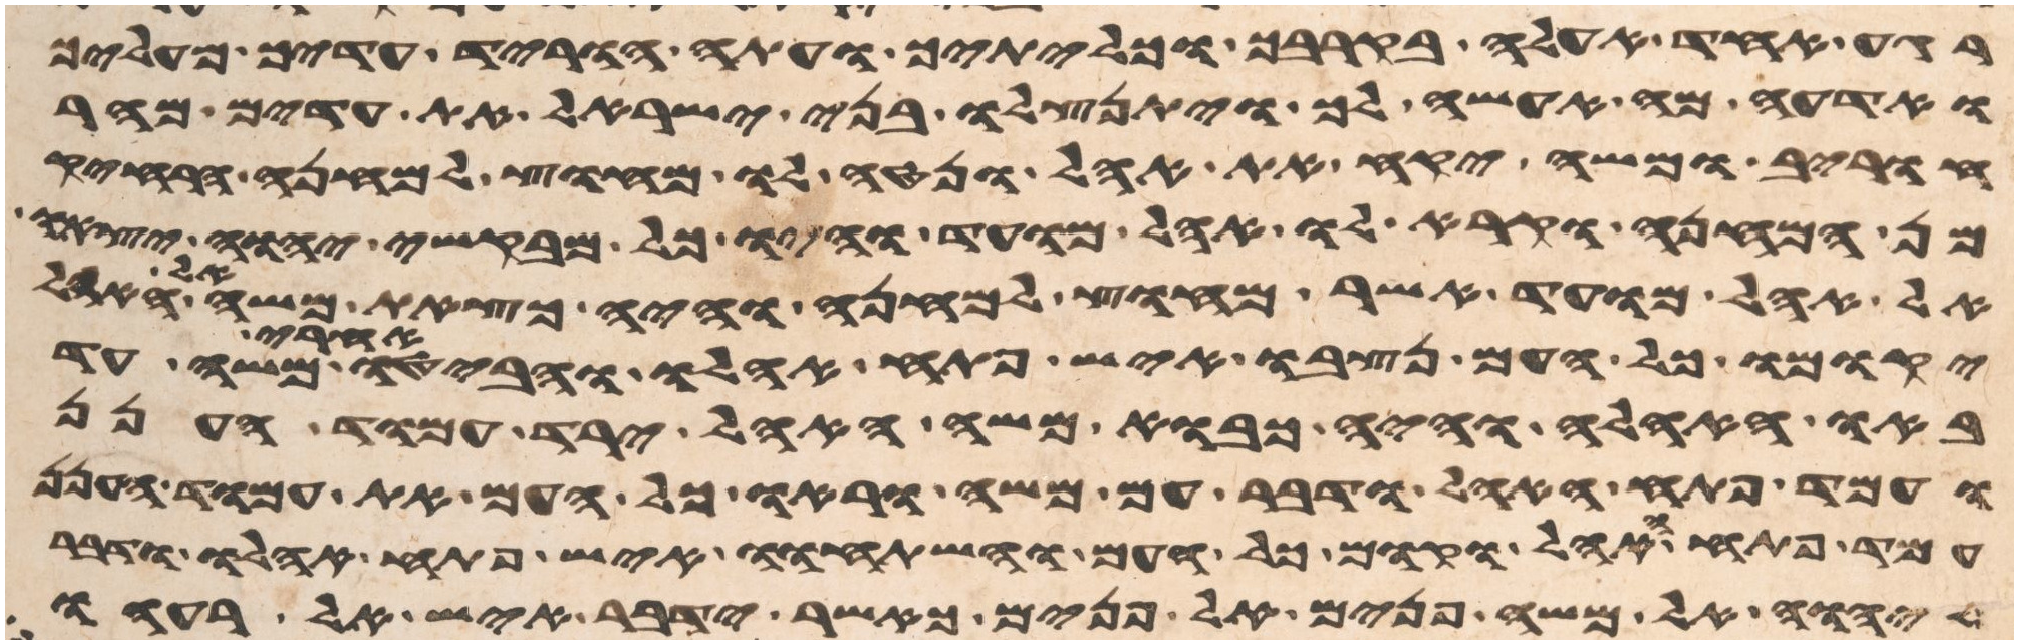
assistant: רגע אחד אעלה בקרבך וכליתיך ועתה הוריד עדיך מעליך
ואדעה מה אעשה לך ויתנצלו בני ישראל את עדים מהר
חורב ומשה יקח את האהל ונטה לו מחוץ למחנה הרחיק
מן המחנה וקרא לו אהל מועד והיו כל מבקשי יהוה יצאו
אל אהל מועד אשר מחוץ למחנה והיה כצאת משה אל
יקומו כל העם ונצבו איש פתח אהלו והביטו אחרי משה עד
באו האהלה והיה כבוא משה האהל ירד עמוד הענן
ועמד פתח האהל ודבר עם משה וראו כל העם את עמוד הענן
עמד פתח האהל וקמו כל העם והשתחוו איש פתח אהלו ודבר
יהוה אל משה פנים אל פנים כאשר ידבר איש אל רעהו